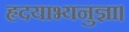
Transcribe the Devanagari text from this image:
हृदयाभ्यनुज्ञा।